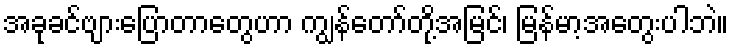
အခုခင်ဗျားပြောတာတွေဟာ ကျွန်တော်တို့အမြင်၊ မြန်မာ့အတွေးပါဘဲ။